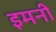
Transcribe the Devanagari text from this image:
इमनी